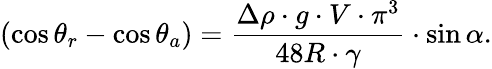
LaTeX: (\cos\theta_{r}-\cos\theta_{a})=\frac{\Delta\rho\cdot g\cdot V\cdot{\pi^{3}}}{48R\cdot\gamma}\cdot\sin\alpha.